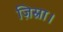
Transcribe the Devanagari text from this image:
ज़िस्ना।